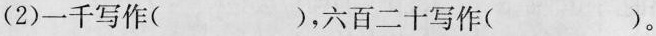
(2)一千写作( )，六百二十写作()